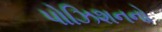
પોઝિશનનો